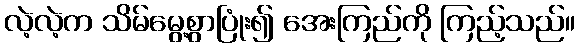
လဲ့လဲ့က သိမ်မွေ့စွာပြုံး၍ အေးကြည်ကို ကြည့်သည်။